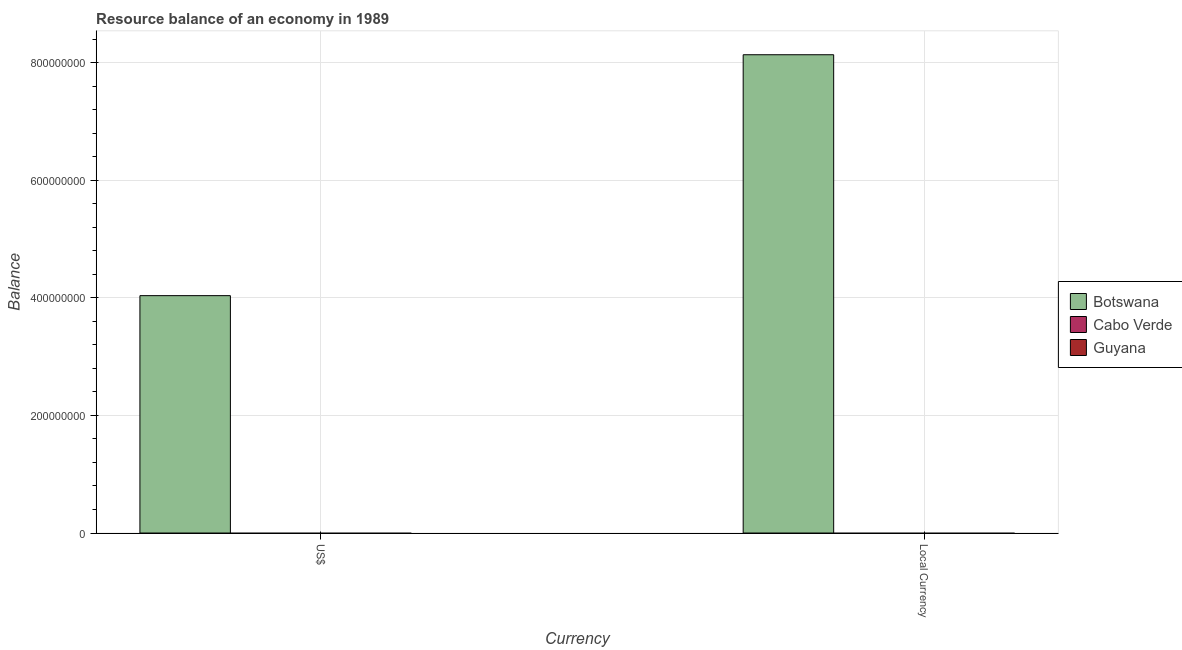
| Currency | Botswana | Cabo Verde | Guyana |
 | --- | --- | --- | --- |
 | US$ | 4.04e+08 | -1.15e+08 | -2.73e+07 |
 | Local Currency | 8.13e+08 | -8.96e+09 | -7.43e+08 |